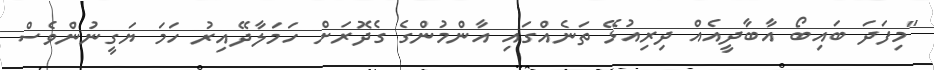
"މިފަދަ ބައިބޯ އާބާދީއެއް ދިރިއުޅޭ ތަނެއްގައި އާންމުންގެ ގެދޮރަށް ހަމަލާދޭއިރު ހަމަ ޔަގީނުންވެސް